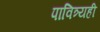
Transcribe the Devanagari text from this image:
पावित्र्यही